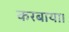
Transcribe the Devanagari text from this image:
करबाया।